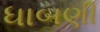
ધાબણી